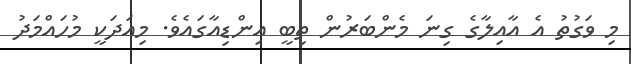
މި ވަގުތު އެ އާއިލާގެ ގިނަ މެންބަރުން ތިބީ އިންޑިއާގައެވެ. މިއަދަކީ މުހައްމަދު